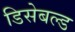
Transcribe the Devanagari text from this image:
डिसेबल्ड